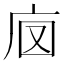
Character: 𢇵